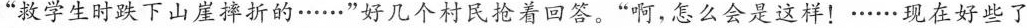
”救学生时跌下山崖神折的……”好几个村民抢着回答。”啊，怎么会是这样！……现在好些了